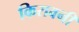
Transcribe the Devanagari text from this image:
किरावनी